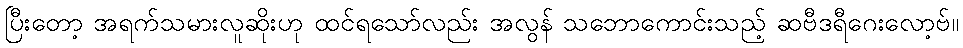
ပြီးတော့ အရက်သမားလူဆိုးဟု ထင်ရသော်လည်း အလွန် သဘောကောင်းသည့် ဆဗီဒရီဂေးလော့ဗ်။